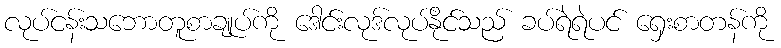
လုပ်ငန်းသဘောတူစာချုပ်ကို ဒေါင်းလုဒ်လုပ်နိုင်သည် ခပ်ရဲရဲပင် ရှေးစာတန်ကို